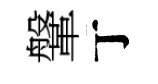
鞶丁